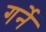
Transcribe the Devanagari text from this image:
गर्ने